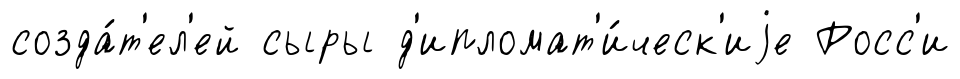
созда́т'ел'ей сыры д'ипломат'и́ческ'иjе Росс'и